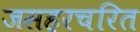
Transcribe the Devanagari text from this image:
जसहरचरित